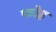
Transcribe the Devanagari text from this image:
फोह